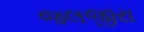
જલજીરા